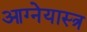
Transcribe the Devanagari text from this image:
आग्‍नेयास्‍त्र